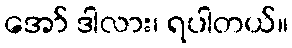
အော် ဒါလား၊ ရပါတယ်။